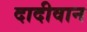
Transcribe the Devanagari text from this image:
दादीवान